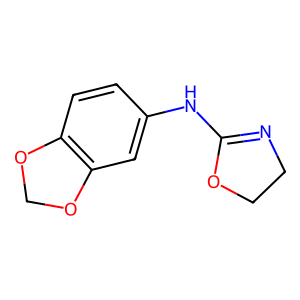
SMILES: c1cc2c(cc1NC1=NCCO1)OCO2
Inhibits HIV replication: No